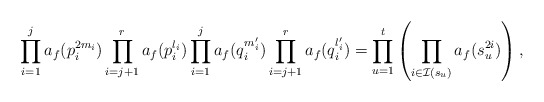
\begin{align*}\prod_{i=1}^j a_f(p_i^{2m_i})\prod_{i=j+1}^r a_f(p_i^{l_i})\prod_{i=1}^j a_f(q_i^{m_i'})\prod_{i=j+1}^r a_f(q_i^{l'_i}) = \prod_{u=1}^ t \left(\prod_{i \in \mathcal I(s_u)} a_f(s_u^{2i})\right),\end{align*}